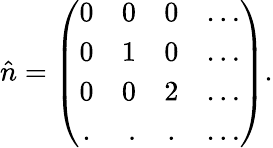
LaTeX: \hat{n}=\left(\begin{array}{crcl}{{0}}&{{0}}&{{0}}&{{\ldots}}\\ {{0}}&{{1}}&{{0}}&{{\ldots}}\\ {{0}}&{{0}}&{{2}}&{{\ldots}}\\ {{.}}&{{.}}&{{.}}&{{\ldots}}\end{array}\right).